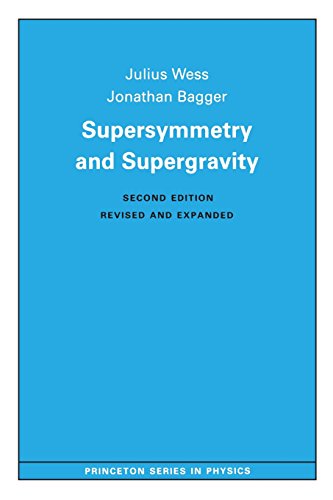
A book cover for Supersymmetry and Supergravity; Julius Wess; Science & Math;